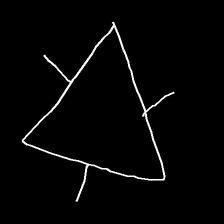
Glyph: fire